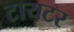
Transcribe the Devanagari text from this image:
टायटर